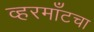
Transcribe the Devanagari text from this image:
व्हरमाँटचा